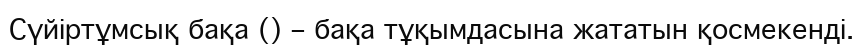
Сүйіртұмсық бақа () – бақа тұқымдасына жататын қосмекенді.